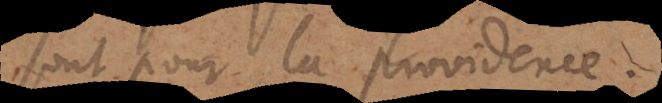
sont pour la providence.